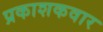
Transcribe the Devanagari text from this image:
प्रकाशकवार